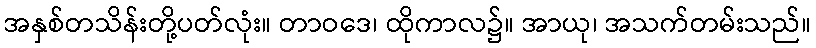
အနှစ်တသိန်းတို့ပတ်လုံး။ တာဝဒေ၊ ထိုကာလ၌။ အာယု၊ အသက်တမ်းသည်။